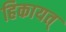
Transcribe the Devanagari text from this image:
हिकायत्‌